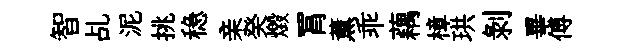
智乩泥挑稳亲癸燬罥薰乖藕樟珙剝畢傅